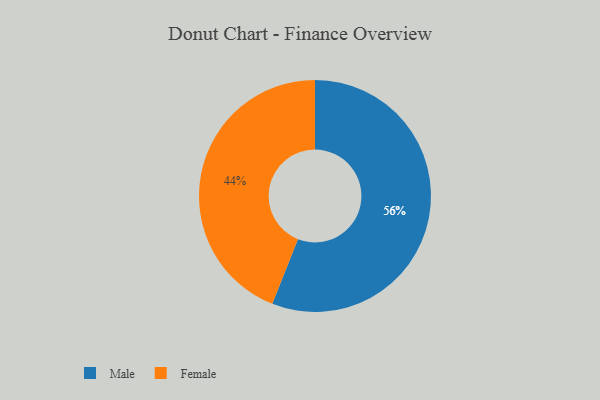
{"axis": {"x": "Category", "y": "Percentage"}, "legend": ["Female", "Male"], "data": [{"x": "Female", "y": 44, "type": "Female"}, {"x": "Male", "y": 56, "type": "Male"}]}